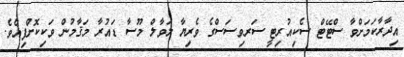
އިދާރާކަމަށްވާ ސްޓޭޓް ސެކިއުރިޓީ ސަރވިސަސްގެ ވެރިޔާ ލަވާލް މޫސާ ޑައުރާ މަޤާމުން ވަކިކޮށްފިއެވެ.